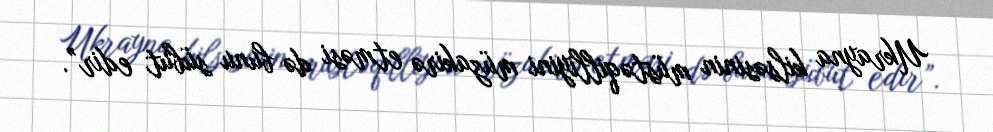
Ukrayna kilsəsinin müstəqilliyini müzakirə etməsi də bunu sübut edir”.